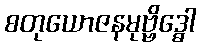
စတုယောဇနမုဗ္ဗိဒ္ဓေါ